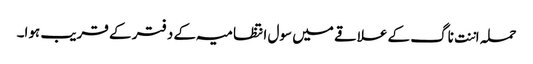
حملہ اننت ناگ کے علاقے میں سول انتظامیہ کے دفتر کے قریب ہوا۔